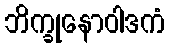
ဘိက္ခုနောဝါဒကံ